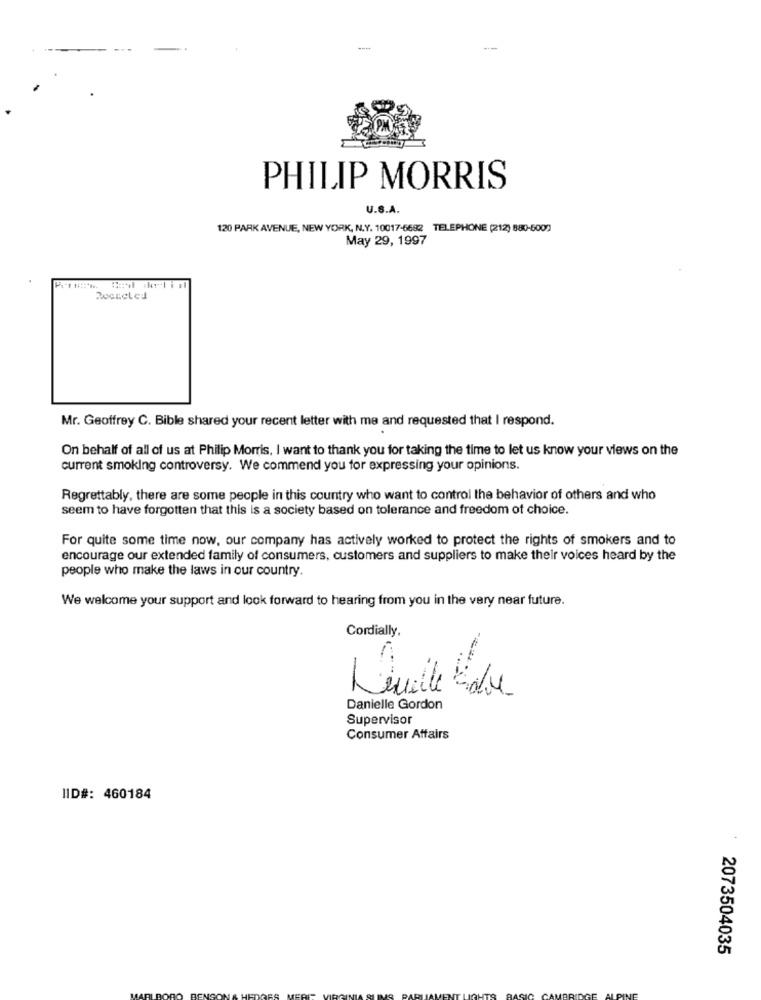
---
PM
PHILIP MORRIS
U.S.A.
120 PARK AVENUE, NEW YORK, N.Y. 10017-6682
TELEPHONE (212) 880-5009
May 29, 1997
Mr. Geoffrey C. Bible shared your recent letter with me and requested that I respond.
On behalf of all of us at Philip Morris, I want to thank you for taking the time to let us know your views on the
current smoking controversy. We commend you for expressing your opinions.
Regrettably, there are some people in this country who want to control the behavior of others and who
seem to have forgotten that this is a society based on tolerance and freedom of choice.
For quite some time now, our company has actively worked to protect the rights of smokers and to
encourage our extended family of consumers, customers and suppliers to make their voices heard by the
people who make the laws in our country.
We welcome your support and look forward to hearing from you in the very near future.
Cordially,
Leville de
Danielle Gordon
Supervisor
Consumer Affairs
IID#: 460184
2073504035